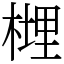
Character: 榸